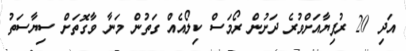
އަދި 20 ރުފިޔާއަށްވުރެ ދަށުން ރޯމަސް ކިލޯއެއް ގަތުން މަނާ ވާގޮތަށް ސިޔާސަތު